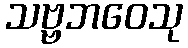
သဗ္ဗဘဝေသု